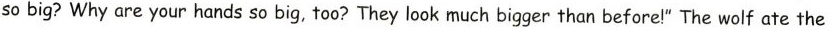
so big? Why are your hands so big, too?They look much bigger than before!" The wolf ate the